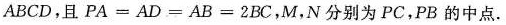
ABCD，且$$P A = A D = A B = 2 B C$$，M，N分别为PC，PB的中点.